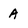
Character: A